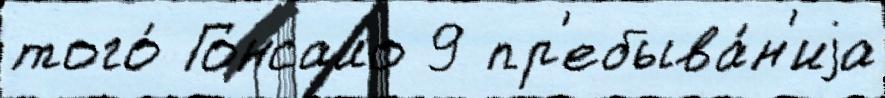
того́ Гонсало 9 пр'ебыва́н'иjа